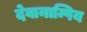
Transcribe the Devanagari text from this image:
देवानाम्पिय